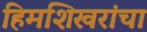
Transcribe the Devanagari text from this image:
हिमशिखरांचा